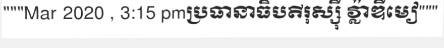
"""Mar 2020 , 3:15 pmប្រធានាធិបតីរុស្ស៊ី វ្ល៉ាឌីមៀ"""